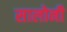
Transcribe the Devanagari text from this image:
सालोनी